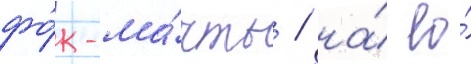
фо́к-ма́чты / на́ ео́